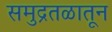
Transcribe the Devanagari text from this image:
समुद्रतळातून